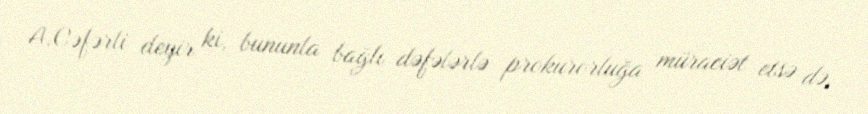
A.Cəfərli deyir ki, bununla bağlı dəfələrlə prokurorluğa müraciət etsə də,